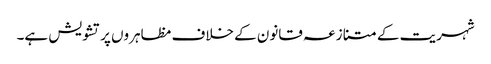
شہریت کے متنازعہ قانون کے خلاف مظاہروں پر تشویش ہے۔